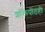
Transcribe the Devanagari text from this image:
शक्तिपीठही